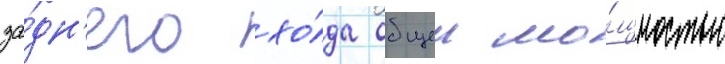
за́дн'его хо́да общеи мо́щностью